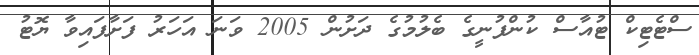
ސްޓެޓިކް ޓުއާސް ކުންފުނީގެ ބެލުމުގެ ދަށުން 2005 ވަނަ އަހަރު ފަށާފައިވާ ޔޮޓު